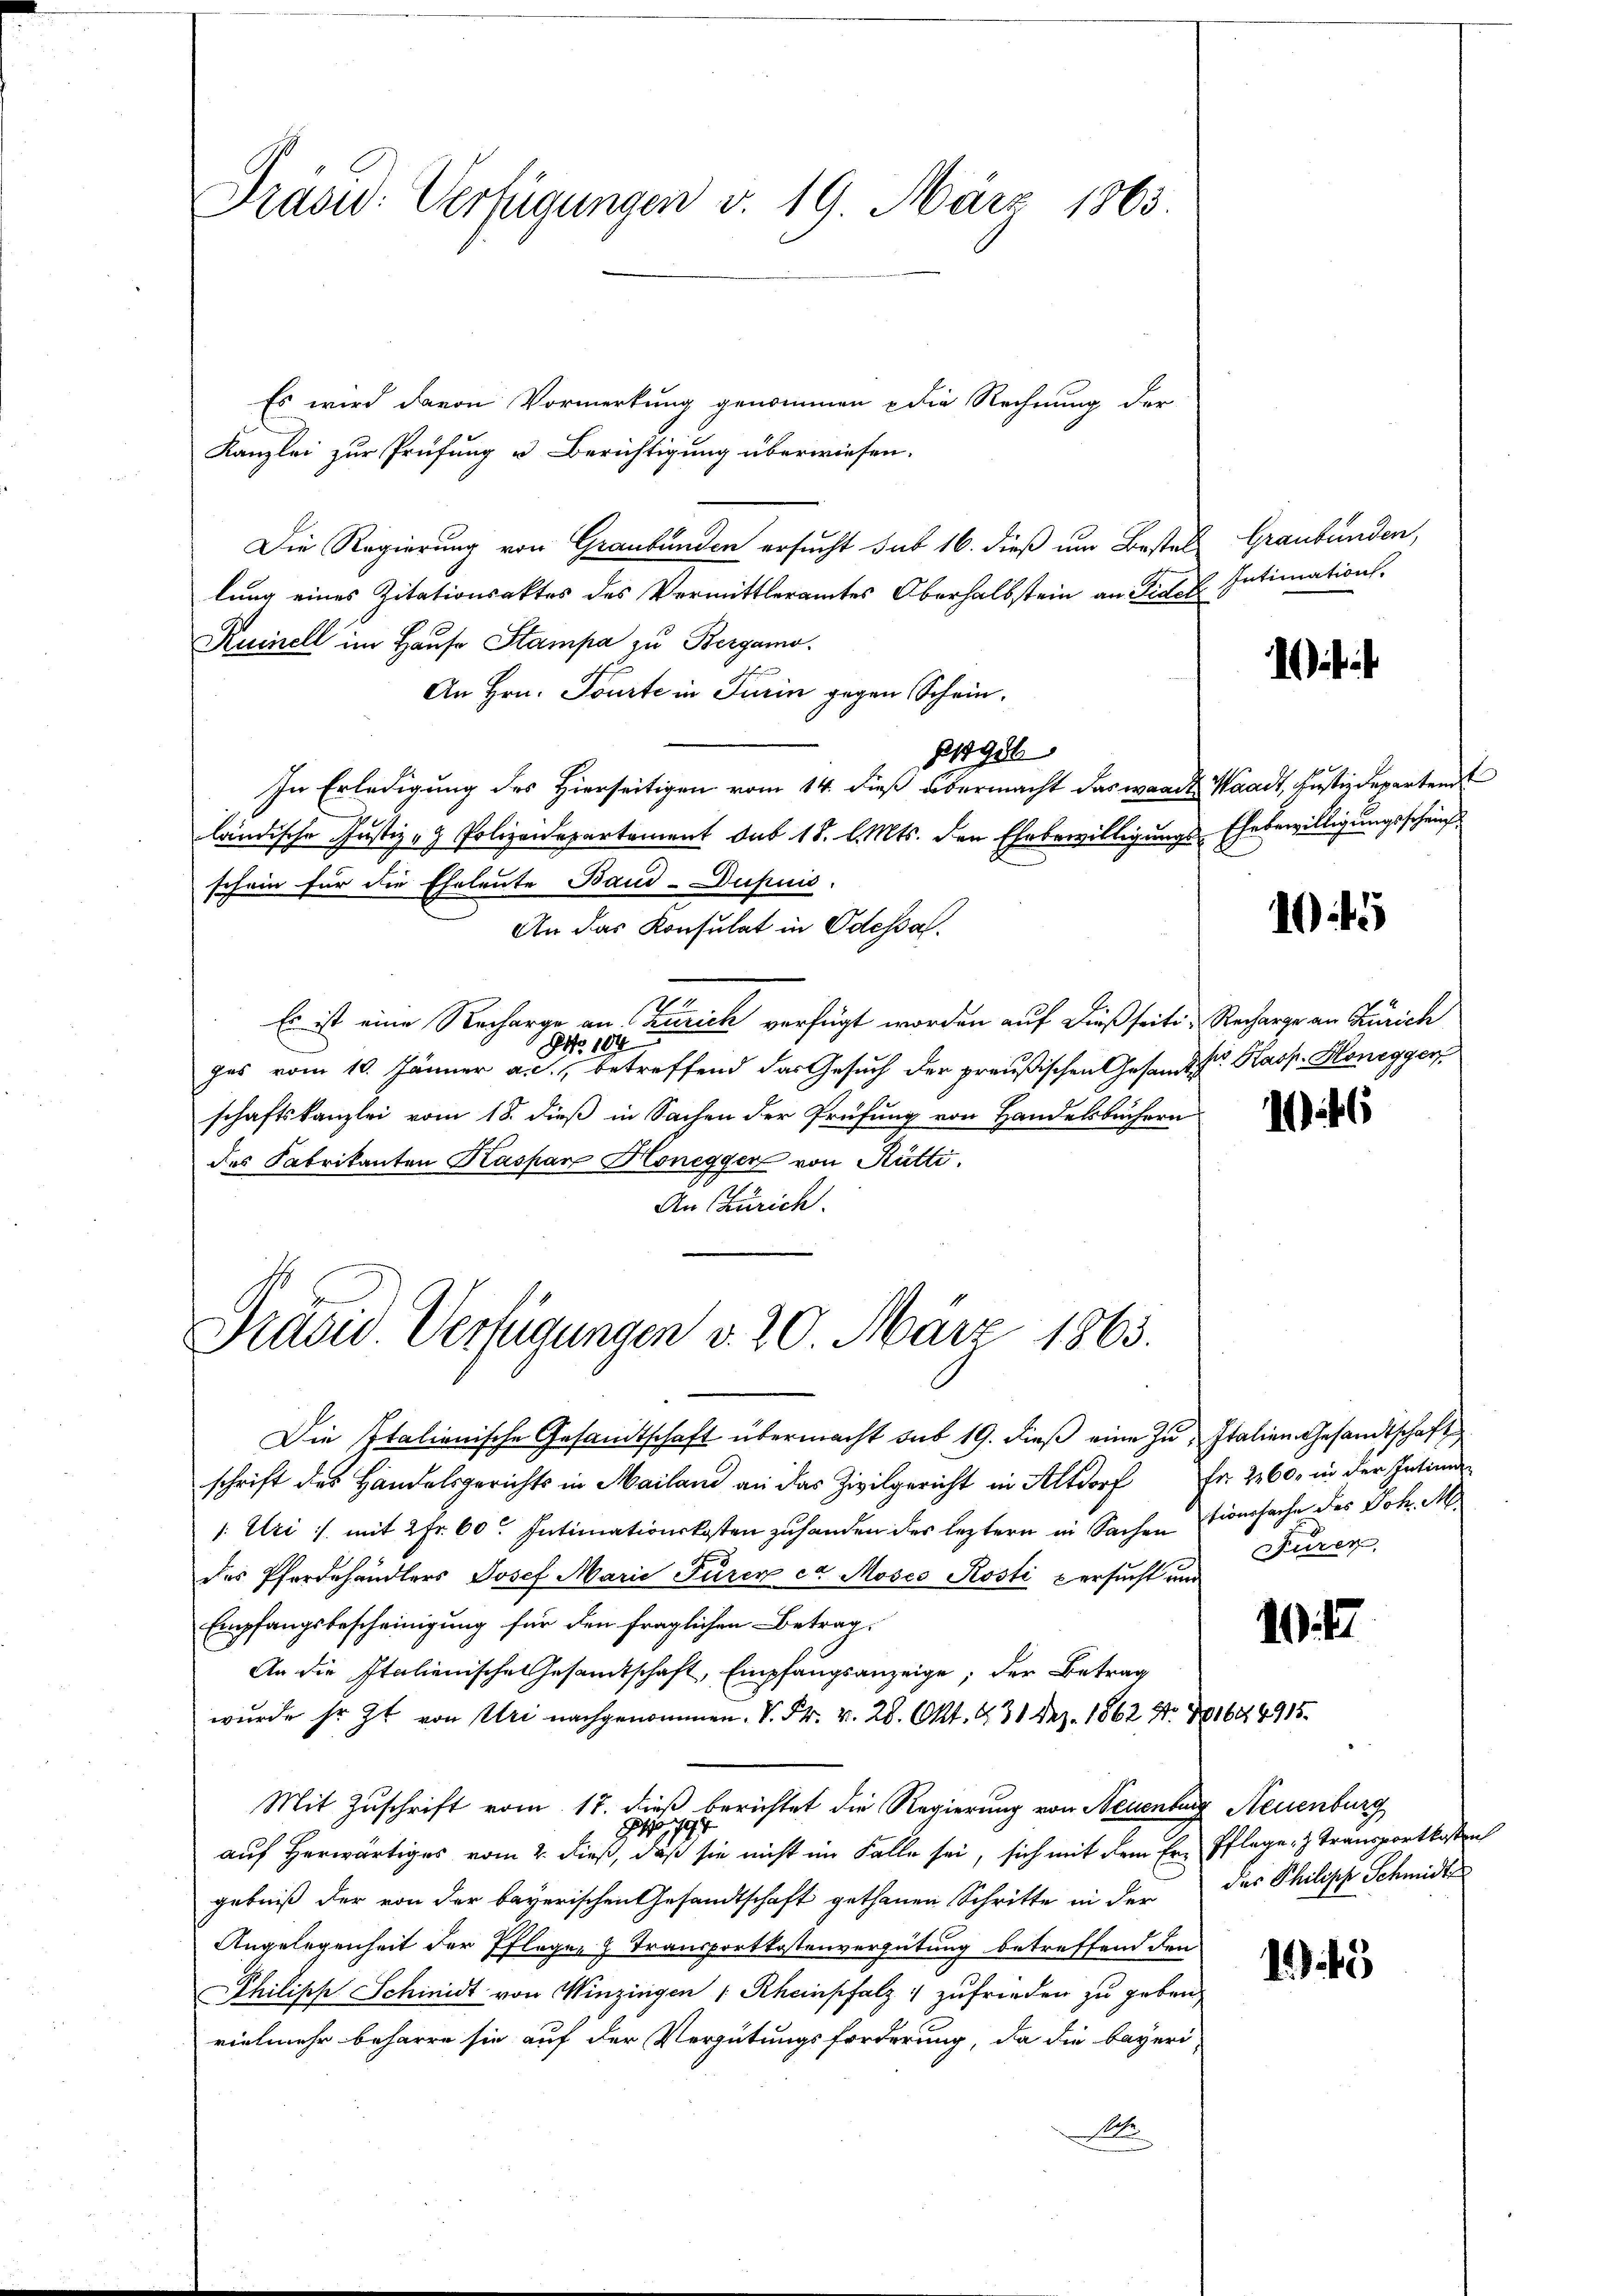
Prasid: Verfügungen v. 19. März 1863.

Es wird davon Vormerkung genommen & die Rechnung der
Kanzlei zur Prüfung u Berichtigung überwiesen.
Die Regierung von Graubünden ersucht sub 16. dieß um Bestel Graubünden,
lung eines Zitationsaktes des Vermittleramtes Oberhalbstein an Fidel
Ruinell im Hause Stampa zu Bergamo
An Hrn. Tourte in Turin gegen Schein¬
81986
In Erledigung des Hierseitigen vom 14. dieß übermacht das waadt Waadt, Justizdeparten
ländische Justiz- & Polizeidepartement sub 18. l. Mts. den Ehebewilligungs-Ehebewilligungsschein
schein für die Eheleute Baud-Dupuis
An das Konsulat in Odessa.
Es ist eine Recharge an Zürich verfügt worden auf dießseite Recharge an Zürich
No 104
has vom 10. Jänner a. c., betreffend das Gesuch der preußischen Gesandts Kasp. Honegger
schaftskanzlei vom 18. dieß in Sachen der Prüfung von Handelsbüchern
des Fabrikanten Kaspar Honeggen von Rütti.
An Zürich.

Pravii Verfügungen v. 20. März 1863.

Die Italienische Gesandtschaft übermacht sub 19. dieβ eine zu Italien Gesandtschaft
schrift des Handelsgerichts in Mailand an das Zivilgericht in Altdorf fr. 2260, in der Intiman
1: Uri :/ mit 2 Fr. 60. Intimationskosten zuhanden des leztern in Sachen ursache des Joh. M
des Pferdehändlers Josef Marie Füren ca Mosco Kosti versucht und
Empfangsbescheinigung für den fraglichen Betrag.
An die Italienische Gesandtschaft, Empfangsanzeige, der Betrag
wurde sr. Zt. von Uri nachgenommen. V. Fr. v. 28. Okt. 431 Dez. 1862 No 11684915.
Mit Zuschrift vom 17. dieß berichtet die Regierung von Neuenburg, Neuenburg
197.
s
auf herwärtiges vom 2. dieß, daß sie nicht im Falle sei, sich mit dem Er-Pflege Transportkosten
gebniß der von der bayerischen Gesandtschaft gethanen Schritte in der das Philisch Schmidts
Angelegenheit der Pfleger Transportkostenvergütung betreffend den
Philipp Schinidt von Winzingen (Rheinpfalz zufrieden zu geben,
vielmehr beharre sie auf der Vergütungsforderung, da die bayeri-
Se

Intimation.

5

46

Furer

47

145